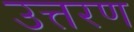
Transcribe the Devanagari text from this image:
उत्तरण